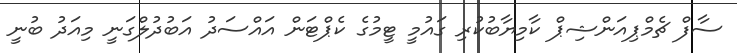
ސާފް ޗެމްޕިއަންޝިޕް ކާމިޔާބުކުރި ގައުމީ ޓީމުގެ ކެޕްޓަން އައްސަދު އަބުދުލްގަނީ މިއަދު ބުނީ